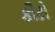
કૌટો